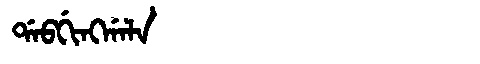
Manchu: ᡩᠠᠪᡤᡳᠩᡤᠠᠯᠠ
Romanization: DABGINGGALA